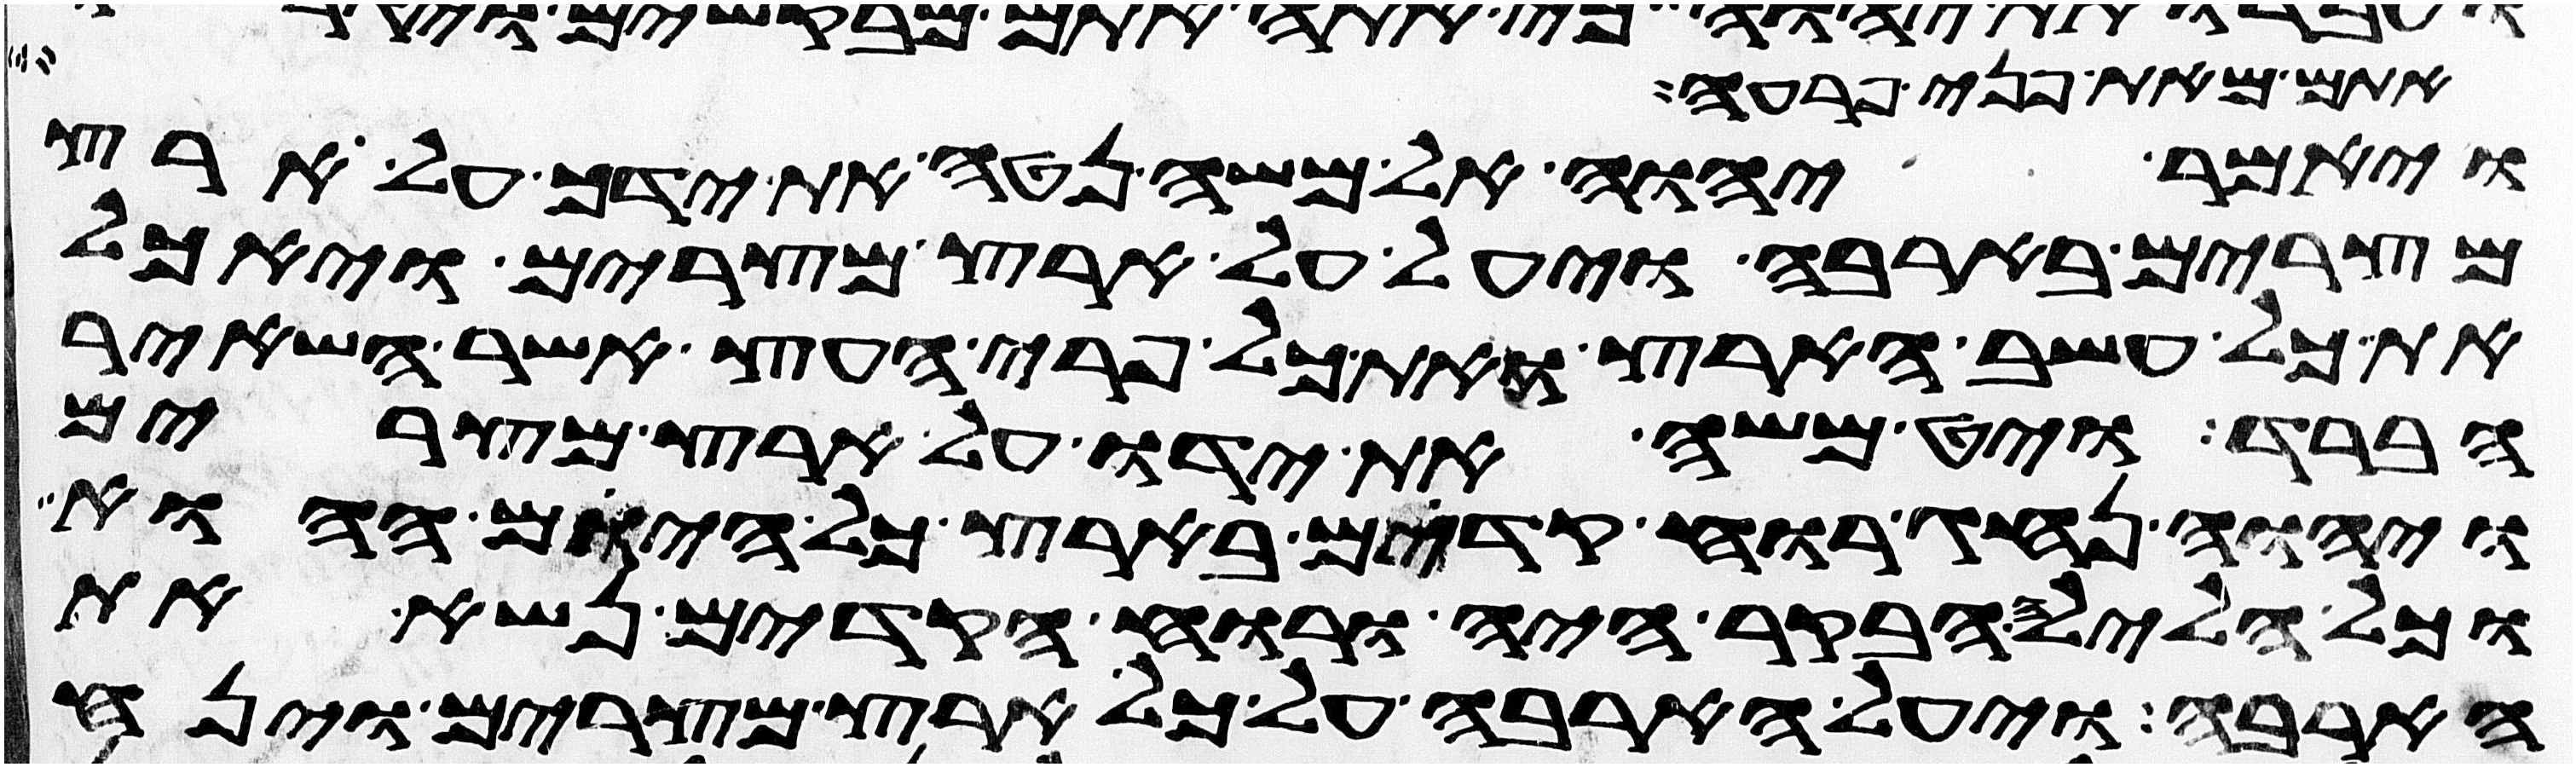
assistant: אתם מאת פני פרעה
ויאמר יהוה אל משה נטה את ידך על ארץ
מצרים בארבה ויעל על ארץ מצרים ויאכל
את כל עשב הארץ ואת כל פרי העץ אשר השאיר
הברד ויט משה את ידו על ארץ מצרים
ויהוה נהג רוח קדים בארץ כל היום ההוא
וכל הלילה הבקר היה ורוח הקדים נשא את
הארבה ויעל הארבה על כל ארץ מצרים וינח